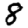
Digit: 8